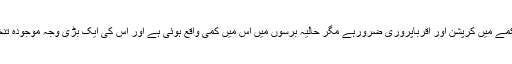
پولیس کے محکمے میں کرپشن اور اقرباپروری ضرورہے مگر حالیہ برسوں میں اس میں کمی واقع ہوئی ہے اور اس کی ایک بڑی وجہ موجودہ تنخواہیں بھی ہیں ۔